Report on the working of the mental hospitals for Indians in Bihar and Orissa - 1925-1929
Year: 1925
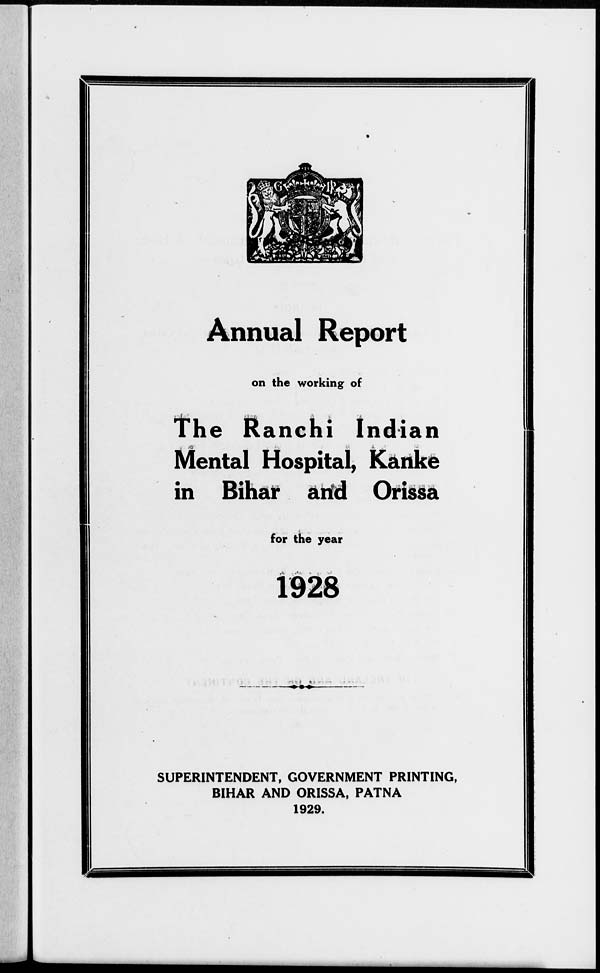
Annual Report
on the working of
The Ranchi Indian
Mental Hospital, Kanke
in Bihar and Orissa
for the year
1928
SUPERINTENDENT, GOVERNMENT PRINTING,
BIHAR AND ORISSA, PATNA
1929.